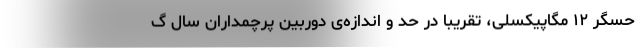
حسگر ۱۲ مگاپیکسلی، تقریبا در حد و اندازه‌ی دوربین پرچمداران سال گ